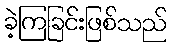
ခဲ့ကြခြင်းဖြစ်သည်